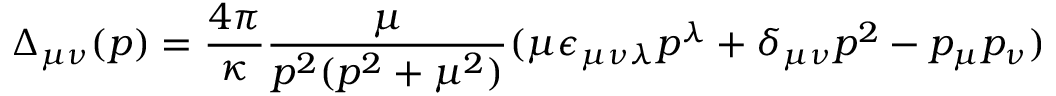
\Delta _ { \mu \nu } ( p ) = \frac { 4 \pi } { \kappa } \frac { \mu } { p ^ { 2 } ( p ^ { 2 } + \mu ^ { 2 } ) } ( \mu \epsilon _ { \mu \nu \lambda } p ^ { \lambda } + \delta _ { \mu \nu } p ^ { 2 } - p _ { \mu } p _ { \nu } )